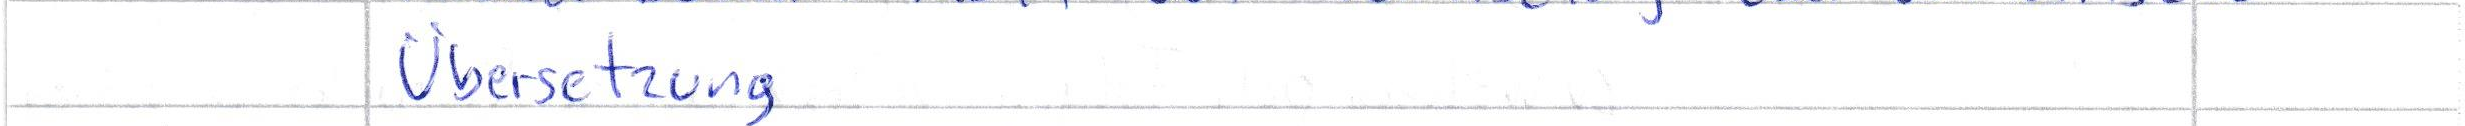
Übersetzung